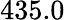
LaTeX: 435.0